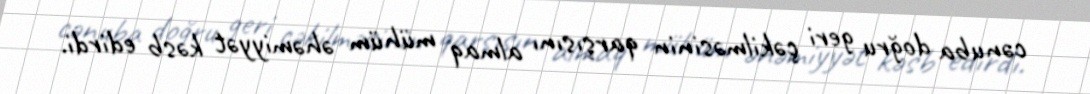
cənuba doğru geri çəkilməsinin qarşısını almaq mühüm əhəmiyyət kəsb edirdi.